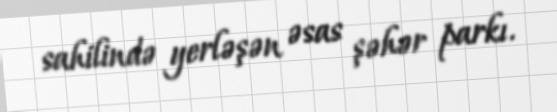
sahilində yerləşən əsas şəhər parkı.